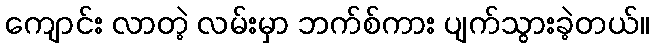
ကျောင်း လာတဲ့ လမ်းမှာ ဘက်စ်ကား ပျက်သွားခဲ့တယ်။